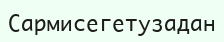
Сармисегетузадан